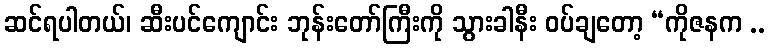
ဆင်ရပါတယ်၊ ဆီးပင်ကျောင်း ဘုန်းတော်ကြီးကို သွားခါနီး ဝပ်ချတော့ “ကိုဇနက ..